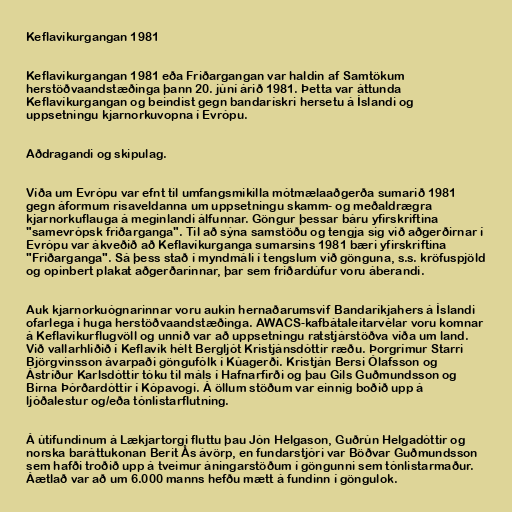
Keflavíkurgangan 1981

Keflavíkurgangan 1981 eða Friðargangan var haldin af Samtökum
herstöðvaandstæðinga þann 20. júní árið 1981. Þetta var áttunda
Keflavíkurgangan og beindist gegn bandarískri hersetu á Íslandi og
uppsetningu kjarnorkuvopna í Evrópu.

Aðdragandi og skipulag.

Víða um Evrópu var efnt til umfangsmikilla mótmælaaðgerða sumarið 1981
gegn áformum risaveldanna um uppsetningu skamm- og meðaldrægra
kjarnorkuflauga á meginlandi álfunnar. Göngur þessar báru yfirskriftina
"samevrópsk friðarganga". Til að sýna samstöðu og tengja sig við aðgerðirnar í
Evrópu var ákveðið að Keflavíkurganga sumarsins 1981 bæri yfirskriftina
"Friðarganga". Sá þess stað í myndmáli í tengslum við gönguna, s.s. kröfuspjöld
og opinbert plakat aðgerðarinnar, þar sem friðardúfur voru áberandi.

Auk kjarnorkuógnarinnar voru aukin hernaðarumsvif Bandaríkjahers á Íslandi
ofarlega í huga herstöðvaandstæðinga. AWACS-kafbátaleitarvélar voru komnar
á Keflavíkurflugvöll og unnið var að uppsetningu ratstjárstöðva víða um land.
Við vallarhliðið í Keflavík hélt Bergljót Kristjánsdóttir ræðu. Þorgrímur Starri
Björgvinsson ávarpaði göngufólk í Kúagerði. Kristján Bersi Ólafsson og
Ástríður Karlsdóttir tóku til máls í Hafnarfirði og þau Gils Guðmundsson og
Birna Þórðardóttir í Kópavogi. Á öllum stöðum var einnig boðið upp á
ljóðalestur og/eða tónlistarflutning.

Á útifundinum á Lækjartorgi fluttu þau Jón Helgason, Guðrún Helgadóttir og
norska baráttukonan Berit Ås ávörp, en fundarstjóri var Böðvar Guðmundsson
sem hafði troðið upp á tveimur áningarstöðum í göngunni sem tónlistarmaður.
Áætlað var að um 6.000 manns hefðu mætt á fundinn í göngulok.